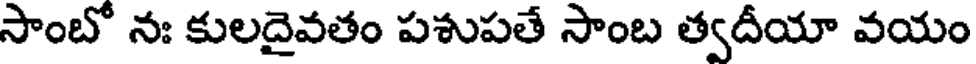
సాంబో నః కులదైవతం పశుపతే సాంబ త్వదీయా వయం